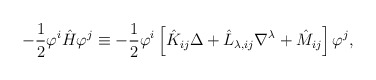
\begin{align*}-\frac{1}{2}\varphi^i\hat{H}\varphi^j\equiv -\frac{1}{2}\varphi^i\left[\hat{K}_{ij}\Delta+\hat{L}_{\lambda,ij}\nabla^\lambda+\hat{M}_{ij}\right] \varphi^j,\end{align*}